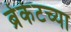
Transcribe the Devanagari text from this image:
ब्रेकेटच्या